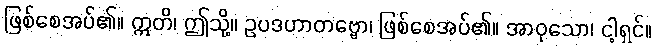
ဖြစ်စေအပ်၏။ ဣတိ၊ ဤသို့။ ဥပဒဟာတဗ္ဗော၊ ဖြစ်စေအပ်၏။ အာဝုသော၊ ငါ့ရှင်။